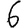
Digit: 6